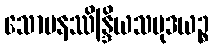
သောမနဿိန္ဒြိယသမုဒယဉ္စ